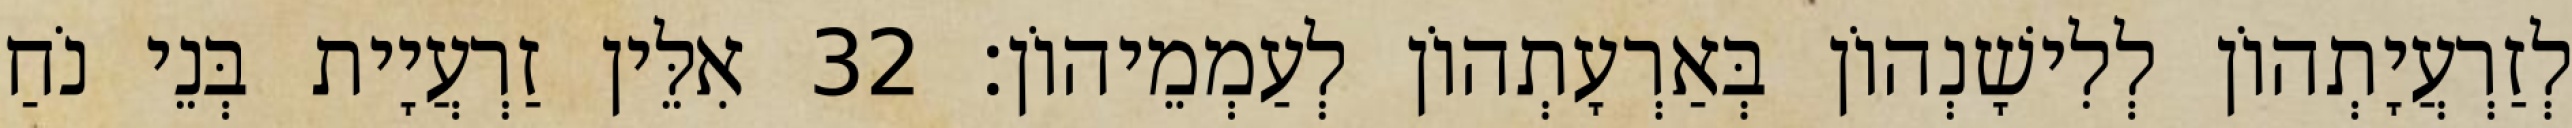
לְזַרְעֲיָתְהוֹן לְלִישָׁנְהוֹן בְּאַרְעָתְהוֹן לְעַמְמֵיהוֹן׃ 32 אִלֵּין זַרְעֲיָית בְּנֵי נֹחַ